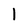
Character: 1